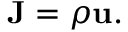
{ \mathbf { J } } = { \rho \mathbf { u } } .